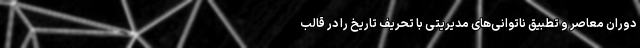
دوران معاصر و تطبیق ناتوانی‌های مدیریتی با تحریف تاریخ را در قالب